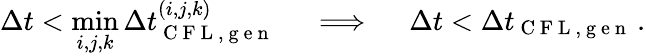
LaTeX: \Delta t<\operatorname*{min}_{i,j,k}\Delta t_{\mathrm{~C~F~L~,~g~e~n~}}^{(i,j,k)}\quad\implies\quad\Delta t<\Delta t_{\mathrm{~C~F~L~,~g~e~n~}}\, .